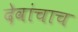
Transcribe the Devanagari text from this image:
देवांचाच